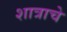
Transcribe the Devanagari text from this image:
शात्राचे